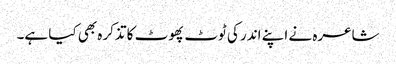
شاعرہ نے اپنے اندر کی ٹوٹ پھوٹ کا تذکرہ بھی کیا ہے۔